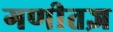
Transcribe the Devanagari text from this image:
गणीतज्ञ